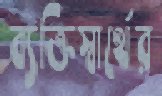
ব্যক্তিস্বার্থের